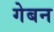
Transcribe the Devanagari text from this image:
गेबन